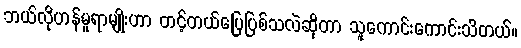
ဘယ်လိုဟန်မူရာမျိုးဟာ တင့်တယ်ပြေပြစ်သလဲဆိုတာ သူကောင်းကောင်းသိတယ်။